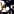
فى